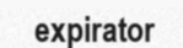
expirator